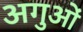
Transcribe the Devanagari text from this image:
अगुओं